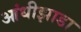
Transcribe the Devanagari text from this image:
आंधीझाडा